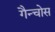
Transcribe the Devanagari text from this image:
गैन्चोस